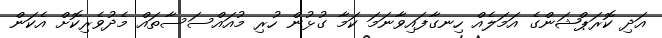
އަދި ކޮރަޕްޝަންގެ އަމަލެއް ހިނގާފައިވާނަމަ ކަމާ ގުޅުން ހުރި މުއައްސަސާތައް މެދުވެރިކޮށް އެކަން